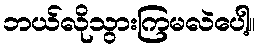
ဘယ်လိုသွားကြမလဲပေါ့။